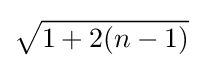
{\sqrt {1+2(n-1)}}